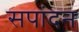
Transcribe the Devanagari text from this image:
सपांदन